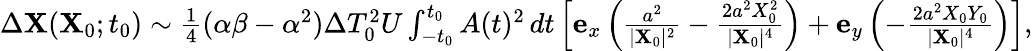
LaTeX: \begin{array}{r}{\Delta\mathbf{X}(\mathbf{X}_{0};t_{0})\sim\frac{1}{4}(\alpha\beta-\alpha^{2})\Delta T_{0}^{2}U\int_{-t_{0}}^{t_{0}}A(t)^{2}\, dt\left[\mathbf{e}_{x}\left(\frac{a^{2}}{\vert\mathbf{X}_{0}\vert^{2}}-\frac{2a^{2}X_{0}^{2}}{\vert\mathbf{X}_{0}\vert^{4}}\right)+\mathbf{e}_{y}\left(-\frac{2a^{2}X_{0}Y_{0}}{\vert\mathbf{X}_{0}\vert^{4}}\right)\right],}\end{array}